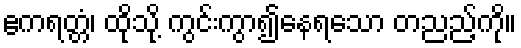
ဧကရတ္တံ၊ ထိုသို့ ကွင်းကွာ၍နေရသော တညည့်ကို။